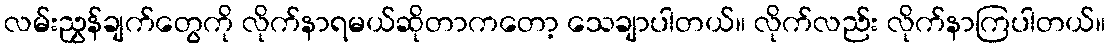
လမ်းညွှန်ချက်တွေကို လိုက်နာရမယ်ဆိုတာကတော့ သေချာပါတယ်။ လိုက်လည်း လိုက်နာကြပါတယ်။